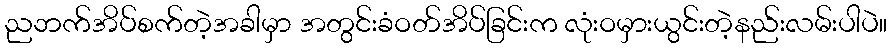
ညဘက်အိပ်စက်တဲ့အခါမှာ အတွင်းခံဝတ်အိပ်ခြင်းက လုံးဝမှားယွင်းတဲ့နည်းလမ်းပါပဲ။